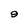
Character: 9